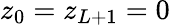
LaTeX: z_{0}=z_{L+1}=0